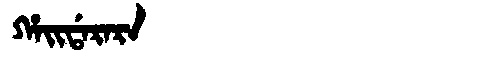
Manchu: ᡥᠠᡳᡩᠠᡵᠠᡵᠠ
Romanization: HAIDARARA